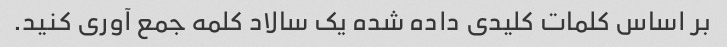
بر اساس کلمات کلیدی داده شده یک سالاد کلمه جمع آوری کنید.